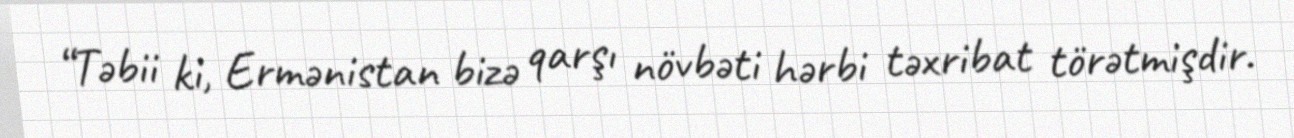
“Təbii ki, Ermənistan bizə qarşı növbəti hərbi təxribat törətmişdir.